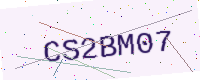
Text: CS2BM07